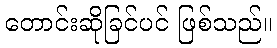
တောင်းဆိုခြင်ပင် ဖြစ်သည်။